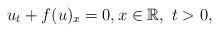
LaTeX: \begin{align*}u_t + f(u)_x =0, x\in \mathbb{R}, ~ t>0,\\\end{align*}